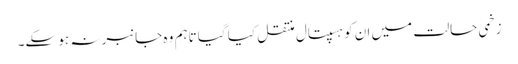
زخمی حالت میں ان کو ہسپتال منتقل کیا گیا تاہم وہ جانبر نہ ہو سکے۔